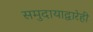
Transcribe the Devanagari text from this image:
समुदायाद्वारेही